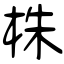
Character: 株